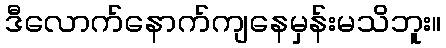
ဒီလောက်နောက်ကျနေမှန်းမသိဘူး။